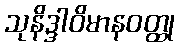
သုနိဒ္ဒါဝိမာနဝတ္ထု